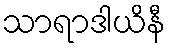
သာရာဒါယိနီ